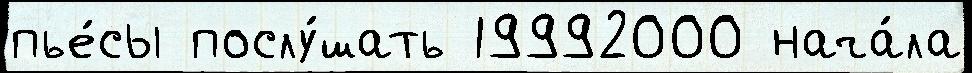
пье́сы послу́шать 19992000 нача́ла